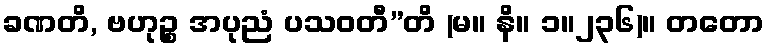
ခဏတိ, ဗဟုဉ္စ အပုညံ ပသဝတီ”တိ (မ။ နိ။ ၁။၂၃၆)။ တတော